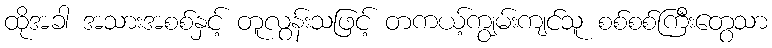
ထိုအခါ အသားအစစ်နှင့် တူလွန်းသဖြင့် တကယ့်ကျွမ်းကျင်သူ စစ်စစ်ကြီးတွေသာ